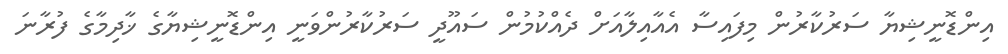
އިންޑޮނީޝިޔާ ސަރުކާރުން މިފައިސާ އެއާއިލާއަށް ދެއްކުމުން ސައޫދީ ސަރުކާރުންވަނީ އިންޑޮނީޝިޔާގެ ޚާދިމާގެ ފުރާނަ